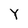
Character: Y